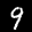
Label: 9